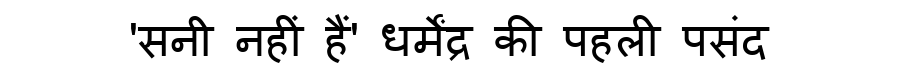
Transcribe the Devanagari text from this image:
'सनी नहीं हैं' धर्मेंद्र की पहली पसंद